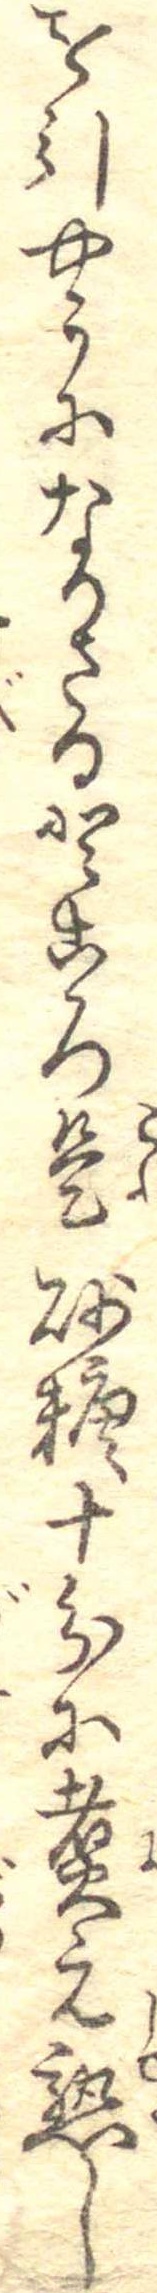
を引やうになりたるところ是砂糖十分に煮え熟し